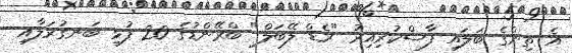
އެ ތިންގެ ބަލައި ފާސްކުރިއިރު "ރެޑް ލޭބަލް" ބްރޭންޑުގެ 20 ފުޅި ބަނގުރަލާއި